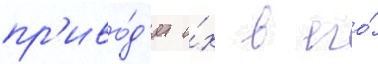
пр'иво́д'ит и́х в его́